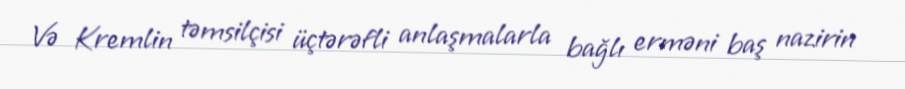
Və Kremlin təmsilçisi üçtərəfli anlaşmalarla bağlı erməni baş nazirin